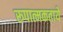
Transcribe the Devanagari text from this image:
रूपात्मकताये